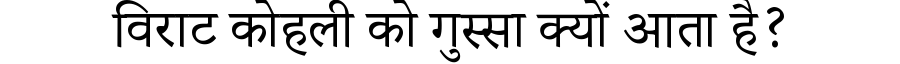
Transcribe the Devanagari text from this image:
विराट कोहली को गुस्सा क्यों आता है?